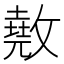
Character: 𢿲